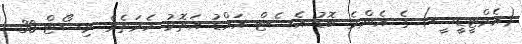
(އެމްޓީޑީސީ) ގެ އެންމެ ބޮޑު އެސެޓް އައްޑު އަތޮޅު ހެރަތެރެ ރިސޯޓް 30